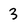
Character: 3